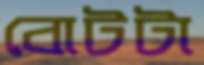
বোটটা